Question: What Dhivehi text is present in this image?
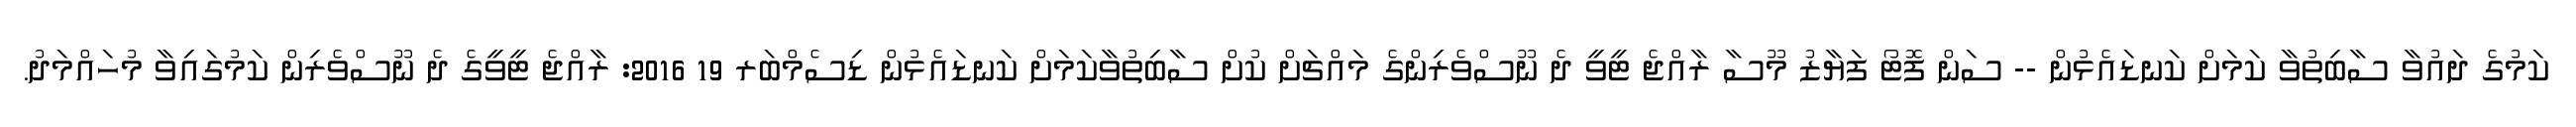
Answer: ކަމުގެ ދައުވާ ސާބިތުވާ ކަމަށް ކަނޑައެޅުން -- ސަން ފޮޓޯ ފަޔާޒު މޫސާ ރާއްޖެ ޓީވީ ދެ ނޫސްވެރިންގެ މައްޗަށް ކުށް ސާބިތުވާކަމަށް ކަނޑައެޅުން ޑިސެމްބަރ 19 2016: ރާއްޖެ ޓީވީގެ ދެ ނޫސްވެރިން ކަމުގައިވާ މުހައްމަދު.